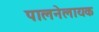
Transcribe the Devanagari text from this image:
पालनेलायक